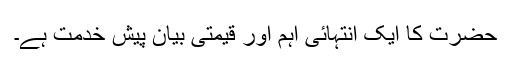
حضرت کا ایک انتہائی اہم اور قیمتی بیان پیش خدمت ہے۔